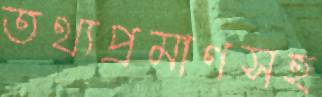
তথ্যপ্রমাণসহ